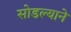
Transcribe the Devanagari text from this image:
सोडल्याने